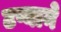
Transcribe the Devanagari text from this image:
टप्याने